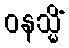
ဝနသ္မိံ